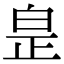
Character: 𤽢